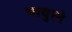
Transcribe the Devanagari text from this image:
माथुरने